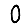
Digit: 0